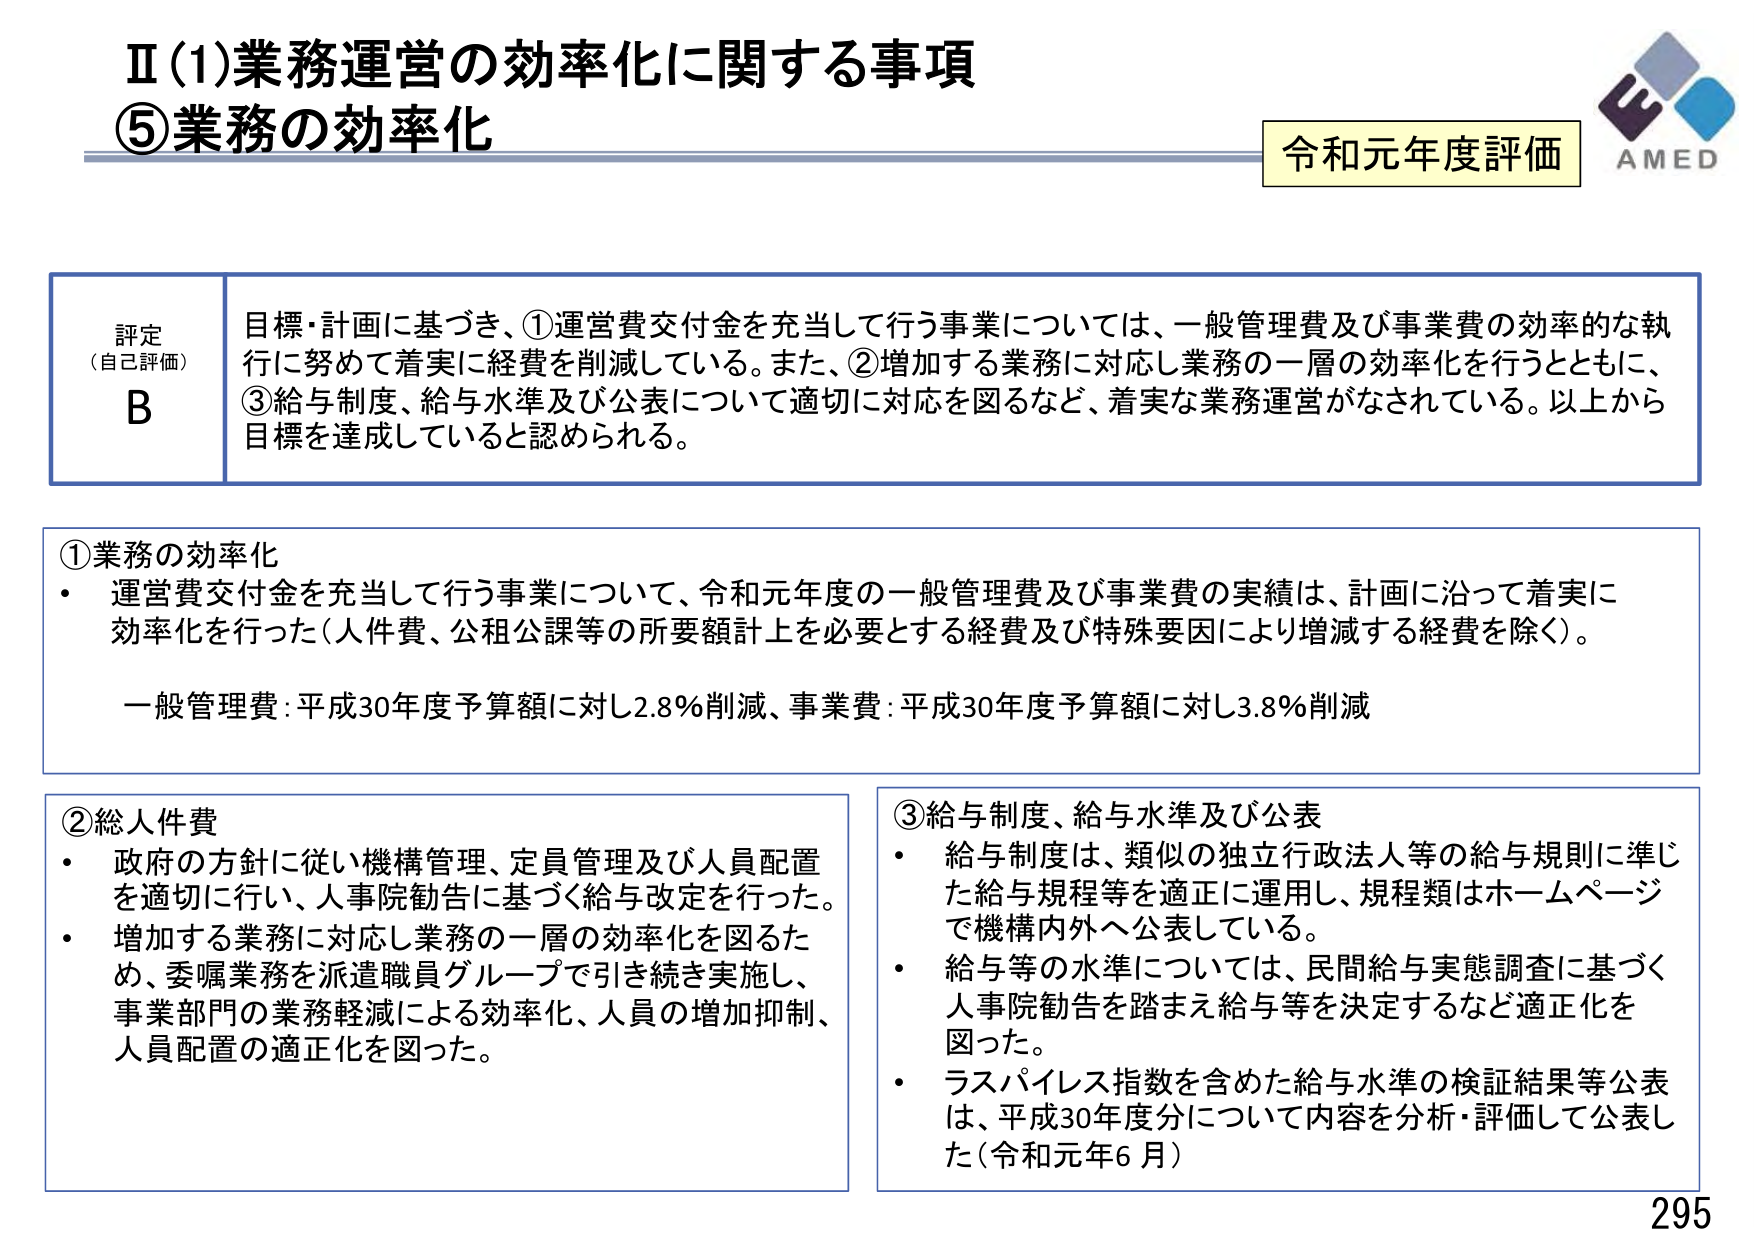
Ⅱ(1)業務運営の効率化に関する事項
⑤業務の効率化

令和元年度評価
AMED

評定
（自己評価）
B
目標・計画に基づき、①運営費交付金を充当して行う事業については、一般管理費及び事業費の効率的な執行に努めて着実に経費を削減している。また、②増加する業務に対応し業務の一層の効率化を行うとともに、③給与制度、給与水準及び公表について適切に対応を図るなど、着実な業務運営がなされている。以上から目標を達成していると認められる。

①業務の効率化
・運営費交付金を充当して行う事業について、令和元年度の一般管理費及び事業費の実績は、計画に沿って着実に効率化を行った（人件費、公租公課等の所要額計上を必要とする経費及び特殊要因により増減する経費を除く）。
一般管理費：平成30年度予算額に対し2.8％削減、事業費：平成30年度予算額に対し3.8％削減

②総人件費
・政府の方針に従い機構管理、定員管理及び人員配置を適切に行い、人事院勧告に基づく給与改定を行った。
・増加する業務に対応し業務の一層の効率化を図るため、委嘱業務を派遣職員グループで引き続き実施し、事業部門の業務軽減による効率化、人員の増加抑制、人員配置の適正化を図った。

③給与制度、給与水準及び公表
・給与制度は、類似の独立行政法人等の給与規則に準じた給与規程等を適正に運用し、規程類はホームページで機構内外へ公表している。
・給与等の水準については、民間給与実態調査に基づく人事院勧告を踏まえ給与等を決定するなど適正化を図った。
・ラスパイレス指数を含めた給与水準の検証結果等公表は、平成30年度分について内容を分析・評価して公表した（令和元年6月）

295